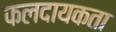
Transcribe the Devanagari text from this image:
फलदायकता